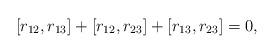
LaTeX: \begin{align*}[r_{12},r_{13}]+[r_{12},r_{23}]+[r_{13},r_{23}] = 0,\end{align*}